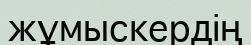
жұмыскердің